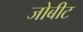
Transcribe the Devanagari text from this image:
जोबीट